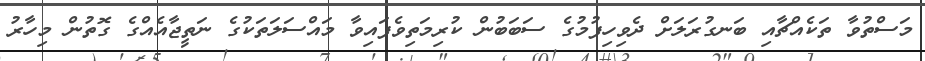
މަސްތުވާ ތަކެއްޗާއި ބަނގުރަލަށް ދެވިހިފުމުގެ ސަބަބުން ކުރިމަތިވެފައިވާ މައްސަލަތަކުގެ ނަތީޖާއެއްގެ ގޮތުން މިހާރު